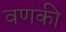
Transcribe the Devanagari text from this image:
वणकी